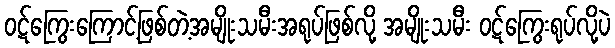
ဝဋ်ကြွေးကြောင့်ဖြစ်တဲ့အမျိုးသမီးအရုပ်ဖြစ်လို့ အမျိုးသမီး ဝဋ်ကြွေးရုပ်လို့ပဲ